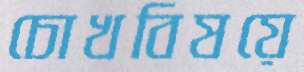
চোখবিষয়ে